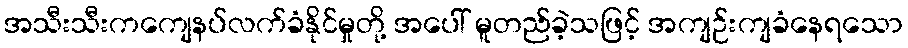
အသီးသီးကကျေနပ်လက်ခံနိုင်မှုတို့ အပေါ် မူတည်ခဲ့သဖြင့် အကျဉ်းကျခံနေရသော